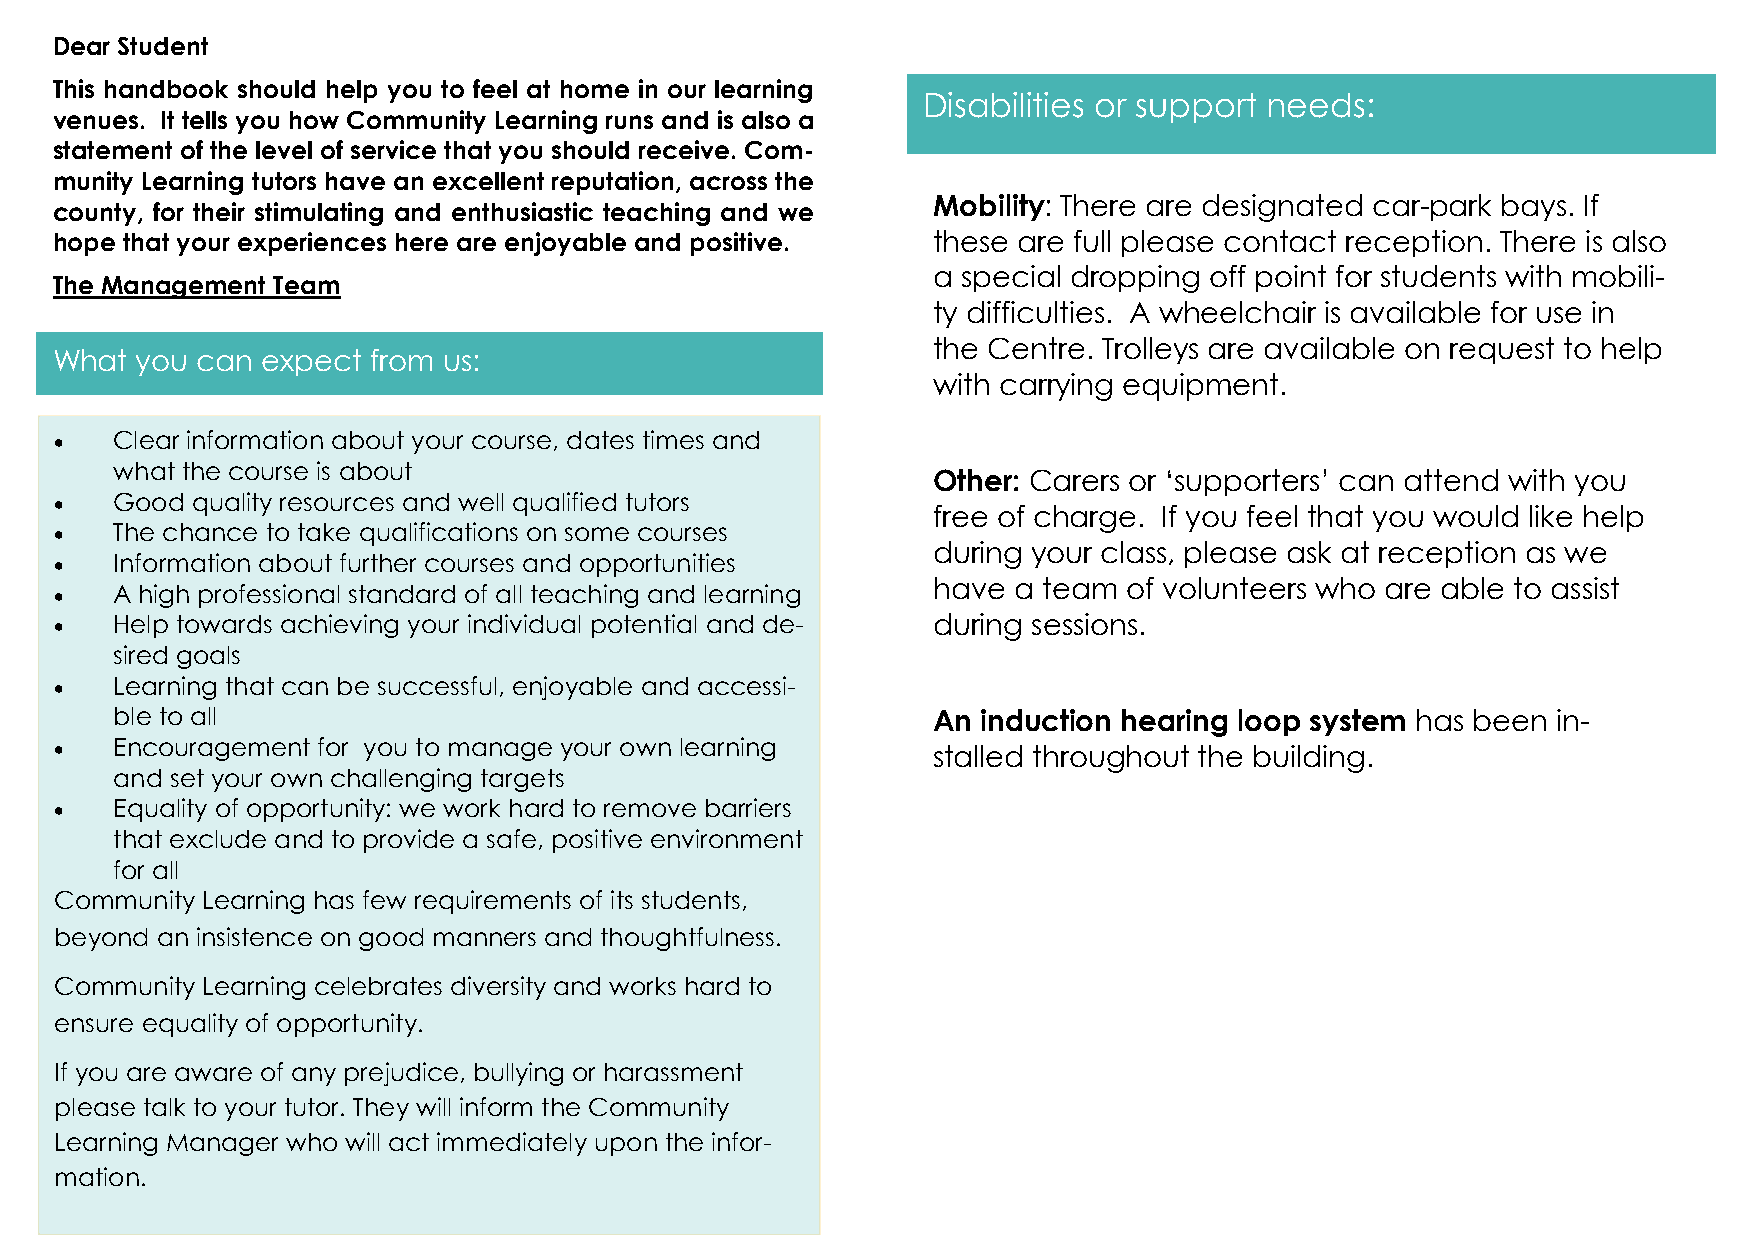
Dear Student
 This handbook should help you to feel at home in our learning
 Disabilities or support needs:
 venues. It tells you how Community Learning runs and is also a
 statement of the level of service that you should receive. Com-
 munity Learning tutors have an excellent reputation, across the
 Mobility: There are designated car-park bays. If
 county, for their stimulating and enthusiastic teaching and we
 hope that your experiences here are enjoyable and positive. these are full please contact reception. There is also
 a special dropping off point for students with mobili-
 The Management Team
 ty difficulties. A wheelchair is available for use in
 the Centre. Trolleys are available on request to help
 What  you can expect  from us:
 with carrying equipment.
 •  Clear information about your course, dates times and
 what the course is about
 Other: Carers or ‘supporters’ can attend with you
 •  Good  quality resources and well qualified tutors
 free of charge. If you feel that you would like help
 •  The chance to take qualifications on some courses
 during your class, please ask at reception as we
 •  Information about further courses and opportunities
 have a team  of volunteers who are able to assist
 •  A high professional standard of all teaching and learning
 •  Help towards achieving your individual potential and de- during sessions.
 sired goals
 •  Learning that can be successful, enjoyable and accessi-
 ble to all                                             An induction hearing loop system has been in-
 •  Encouragement for you to manage your own learning      stalled throughout the building.
 and set your own challenging targets
 •  Equality of opportunity: we work hard to remove barriers
 that exclude and to provide a safe, positive environment
 for all
 Community Learning has few requirements of its students,
 beyond an insistence on good manners and thoughtfulness.
 Community Learning celebrates diversity and works hard to
 ensure equality of opportunity.
 If you are aware of any prejudice, bullying or harassment
 please talk to your tutor. They will inform the Community
 Learning Manager who will act immediately upon the infor-
 mation.